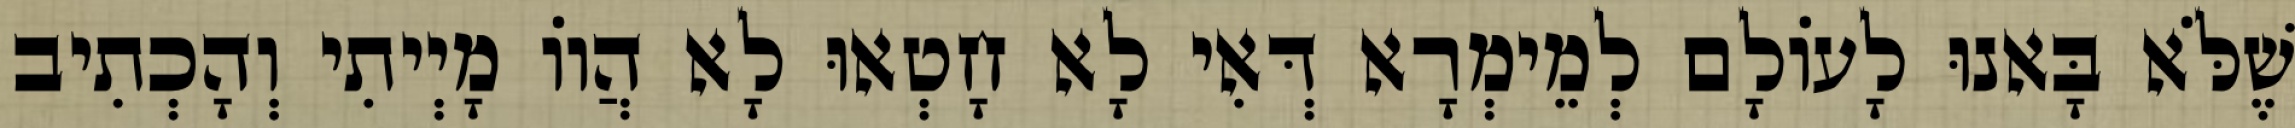
שֶׁלֹּא בָּאנוּ לָעוֹלָם לְמֵימְרָא דְּאִי לָא חָטְאוּ לָא הֲווֹ מָיְיתִי וְהָכְתִיב